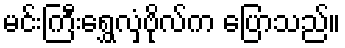
မင်းကြီးရွှေလှံဗိုလ်က ပြောသည်။